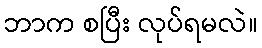
ဘာက စပြီး လုပ်ရမလဲ။